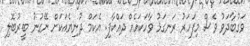
ވަގުބާދަވު ވެސް މިފަހަރު ރަނގަޅު ވާހަކައެއް ދައްކާފި. އެކަމް ދުނިޔެއަކަށް ނޭގުނު ބީރުބޮލި